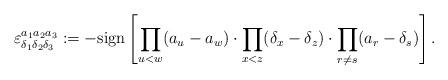
LaTeX: \begin{align*}\varepsilon_{\delta_{1}\delta_{2}\delta_{3}}^{a_{1}a_{2}a_{3}}:=-\mathrm{sign}\left[\prod_{u<w}(a_{u}-a_{w})\cdot\prod_{x<z}(\delta_{x}-\delta_{z})\cdot\prod_{r\neq s}(a_{r}-\delta_{s})\right]. \end{align*}